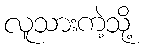
လူသားကဲ့သို့